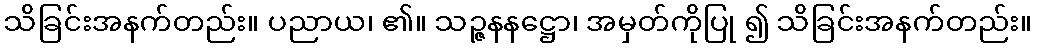
သိခြင်းအနက်တည်း။ ပညာယ၊ ၏။ သဉ္ဇနနဋ္ဌော၊ အမှတ်ကိုပြု ၍ သိခြင်းအနက်တည်း။